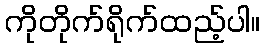
ကိုတိုက်ရိုက်ထည့်ပါ။